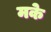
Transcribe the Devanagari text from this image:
मके